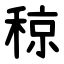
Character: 稤